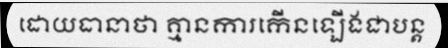
ដោយធានាថា គ្មានការកើនឡើងជាបន្ត